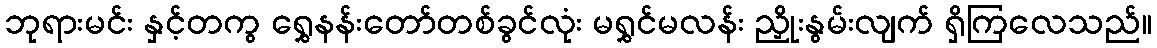
ဘုရားမင်း နှင့်တကွ ရွှေနန်းတော်တစ်ခွင်လုံး မရွှင်မလန်း ညှိုးနွမ်းလျက် ရှိကြလေသည်။